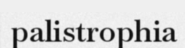
palistrophia